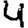
Digit: 4